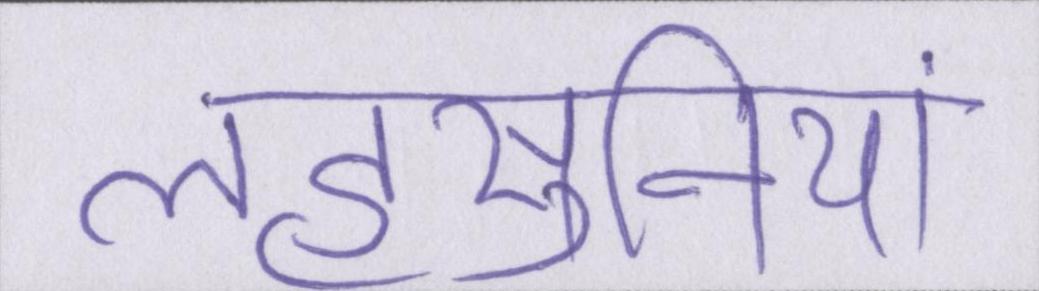
लहसुनियां